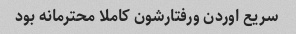
سریع اوردن ورفتارشون کاملا محترمانه بود